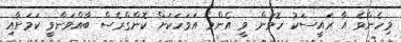
މިހެންވެ އާ ރައީސަކު ހޮވަން ވީ އެންމެ އަވަހަކަށް ކޮންގްރެސް ބާއްވަންވީ ކަމަށާއި